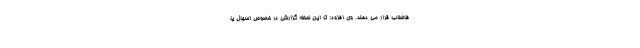
فاضلاب قرار می دهند. وی افزود: تا این لحظه گزارشی در خصوص اسهال یا